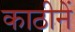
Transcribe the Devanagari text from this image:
काठीनें